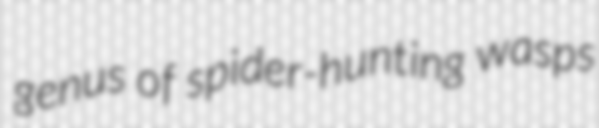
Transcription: genus of spider-hunting wasps